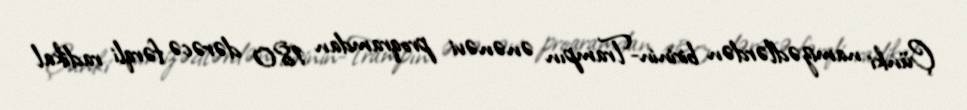
Çünki namizədlərdən birinin-Trampın ənənəvi proqramdan 180 dərəcə fərqli radikal